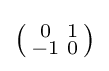
\left({\begin{smallmatrix}0&1\\-1&0\end{smallmatrix}}\right)